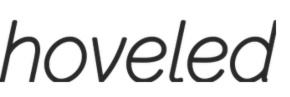
hoveled